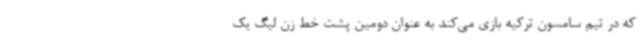
که در تیم سامسون ترکیه بازی می‌کند به عنوان دومین پشت خط زن لیگ یک